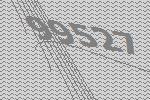
99527